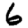
Digit: 6